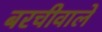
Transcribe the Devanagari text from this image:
बरचीवाले